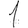
Digit: 1